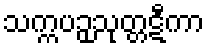
သက္ကပဉှသုတ္တဋီကာ